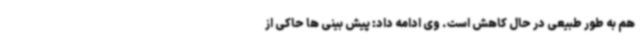
هم به طور طبیعی در حال کاهش است. وی ادامه داد: پیش بینی ها حاکی از